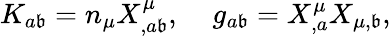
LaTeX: K_{a\mathfrak{b}}=n_{\mu}X_{,a\mathfrak{b}}^{\mu},\; \; \; \; g_{a\mathfrak{b}}=X_{,a}^{\mu}X_{\mu,\mathfrak{b}},